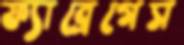
ফ্যাব্রেগেস